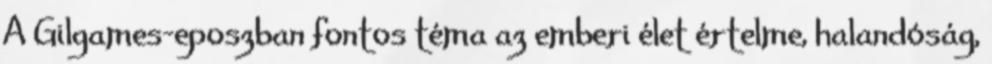
A Gilgames-eposzban fontos téma az emberi élet értelme, halandóság,